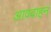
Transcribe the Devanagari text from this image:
आववाहन